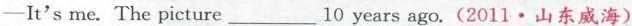
—It's me. The picture___10 years ago.(2011·山东威海)